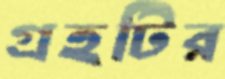
গ্রহটির